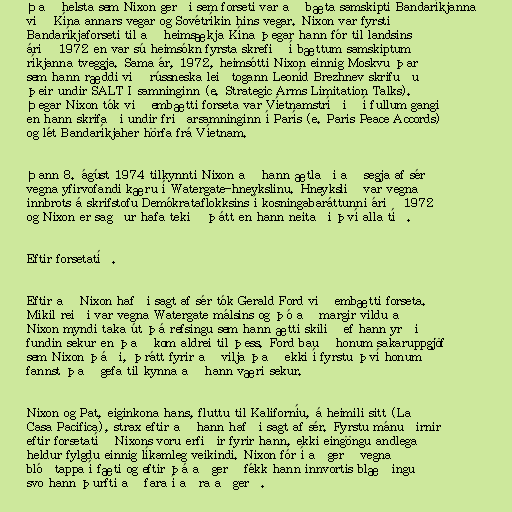
Það helsta sem Nixon gerði sem forseti var að bæta samskipti Bandaríkjanna
við Kína annars vegar og Sovétríkin hins vegar. Nixon var fyrsti
Bandaríkjaforseti til að heimsækja Kína þegar hann fór til landsins
árið 1972 en var sú heimsókn fyrsta skrefið í bættum samskiptum
ríkjanna tveggja. Sama ár, 1972, heimsótti Nixon einnig Moskvu þar
sem hann ræddi við rússneska leiðtogann Leoníd Brezhnev skrifuðu
þeir undir SALT I samninginn (e. Strategic Arms Limitation Talks).
Þegar Nixon tók við embætti forseta var Víetnamstríðið í fullum gangi
en hann skrifaði undir friðarsamninginn í París (e. Paris Peace Accords)
og lét Bandaríkjaher hörfa frá Víetnam.

Þann 8. ágúst 1974 tilkynnti Nixon að hann ætlaði að segja af sér
vegna yfirvofandi kæru í Watergate-hneykslinu. Hneykslið var vegna
innbrots á skrifstofu Demókrataflokksins í kosningabaráttunni árið 1972
og Nixon er sagður hafa tekið þátt en hann neitaði því alla tíð.

Eftir forsetatíð.

Eftir að Nixon hafði sagt af sér tók Gerald Ford við embætti forseta.
Mikil reiði var vegna Watergate málsins og þó að margir vildu að
Nixon myndi taka út þá refsingu sem hann ætti skilið ef hann yrði
fundin sekur en það kom aldrei til þess. Ford bauð honum sakaruppgjöf
sem Nixon þáði, þrátt fyrir að vilja það ekki í fyrstu því honum
fannst það gefa til kynna að hann væri sekur.

Nixon og Pat, eiginkona hans, fluttu til Kaliforníu, á heimili sitt (La
Casa Pacifica), strax eftir að hann hafði sagt af sér. Fyrstu mánuðirnir
eftir forsetatíð Nixons voru erfiðir fyrir hann, ekki eingöngu andlega
heldur fylgdu einnig líkamleg veikindi. Nixon fór í aðgerð vegna
blóðtappa í fæti og eftir þá aðgerð fékk hann innvortis blæðingu
svo hann þurfti að fara í aðra aðgerð.